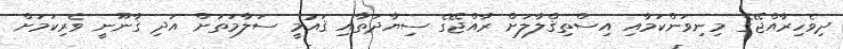
ދިވެހިރާއްޖޭގެ މިނިވަންކަމާއި އިސްތިޤްލާލަށް ރާއްޖޭގެ ސިޔާދަތާއި ޤައުމީ ސަލާމަތަށް އަދި ޤާނޫނީ ވެރިކަމަށް